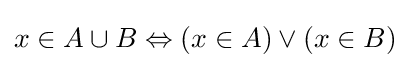
x\in A\cup B\Leftrightarrow (x\in A)\vee (x\in B)